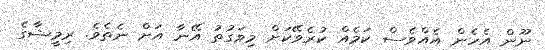
ނޫން އެހެން އެއްވެސް ކަމެއް ކުރެވޭކަށް މިވަގުތު އޭނާ އަށް ނެތެވެ. ރިމީޝާގެ